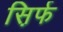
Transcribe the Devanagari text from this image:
स़िर्फ